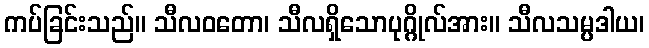
ကပ်ခြင်းသည်။ သီလဝတော၊ သီလရှိသောပုဂ္ဂိုလ်အား။ သီလသမ္ပဒါယ၊